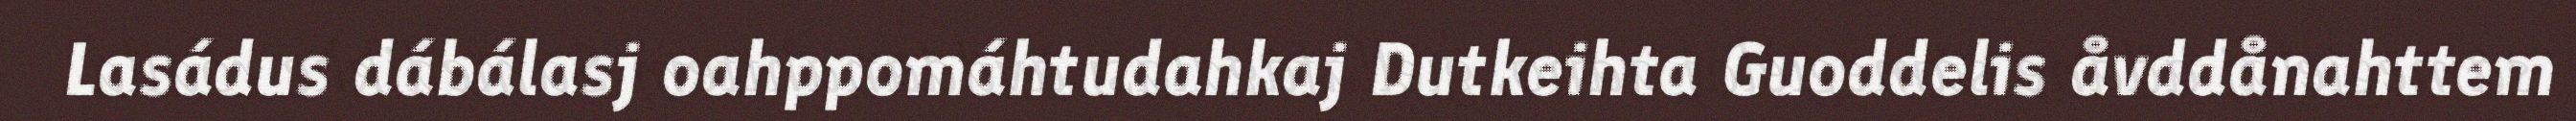
Lasádus dábálasj oahppomáhtudahkaj Dutkeihta Guoddelis åvddånahttem